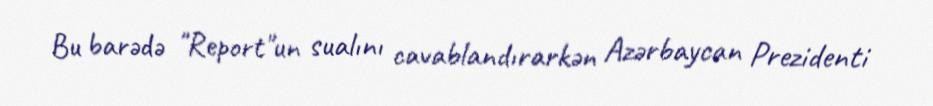
Bu barədə "Report"un sualını cavablandırarkən Azərbaycan Prezidenti